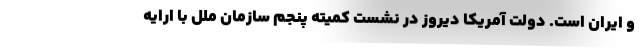
و ایران است. دولت آمریکا دیروز در نشست کمیته پنجم سازمان ملل با ارایه